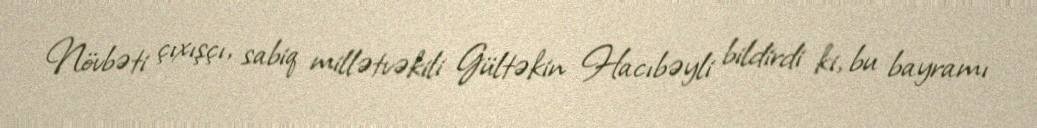
Növbəti çıxışçı, sabiq millətvəkili Gültəkin Hacıbəyli bildirdi ki, bu bayramı